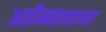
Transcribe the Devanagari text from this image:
अतीमहत्त्वाच्या